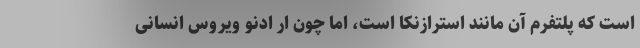
است که پلتفرم آن مانند استرازنکا است، اما چون ار ادنو ویروس انسانی